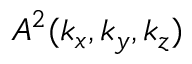
A ^ { 2 } ( k _ { x } , k _ { y } , k _ { z } )